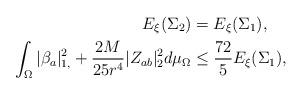
LaTeX: \begin{align*}E_{\xi}(\Sigma_2)={}&E_{\xi}(\Sigma_1),\\\int_{\Omega} \vert \beta_{a}\vert^2_{1,}+\frac{2 M}{25 r^4}\vert Z_{ab}\vert^2_{2} d\mu_{\Omega}\leq{}& \frac{72}{5}E_{\xi}(\Sigma_1), \end{align*}